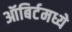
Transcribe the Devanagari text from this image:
ऑबिर्टमध्ये